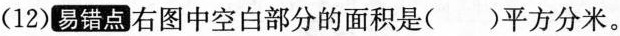
(12)易错点右图中空白部分的面积是()平方分米。